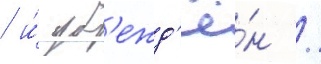
/ и́ уб'ежд'ё́н /